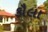
કૌલા